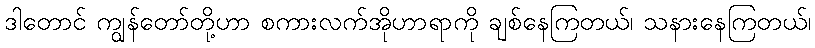
ဒါတောင် ကျွန်တော်တို့ဟာ စကားလက်အိုဟာရာကို ချစ်နေကြတယ်၊ သနားနေကြတယ်၊